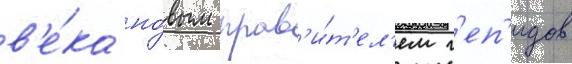
в'е́ка но́вым прав'и́т'ел'ем г'еп'идов